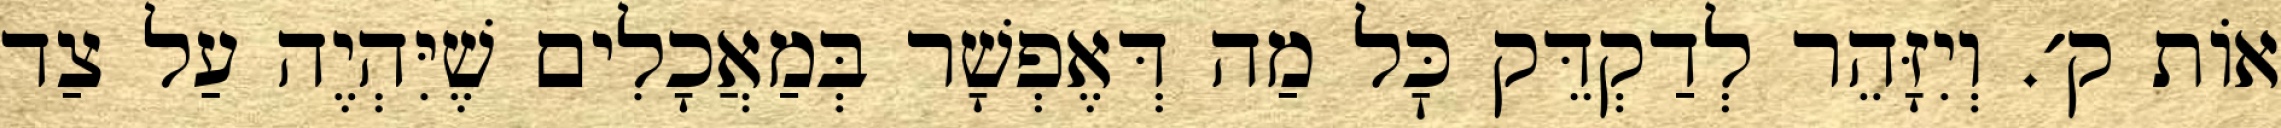
אוֹת ק׳. וְיִזָּהֵר לְדַקְדֵּק כׇּל מַה דְּאֶפְשָׁר בְּמַאֲכָלִים שֶׁיִּהְיֶה עַל צַד